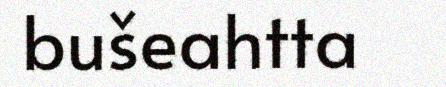
bušeahtta